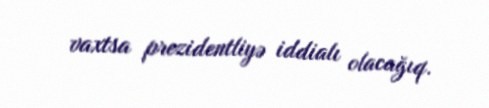
vaxtsa prezidentliyə iddialı olacağıq.